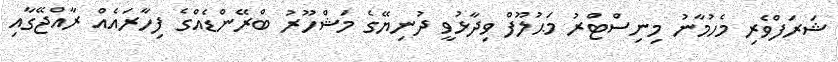
ޝަރަފްވެރި މެހުމާނު މިނިސްޓްރު މަޙުލޫފް ވިދާޅުވީ ދުނިޔޭގެ މަޝްހޫރު ބްރޭންޑެއްގެ ފިހާރައެއް ރާއްޖޭގާއި